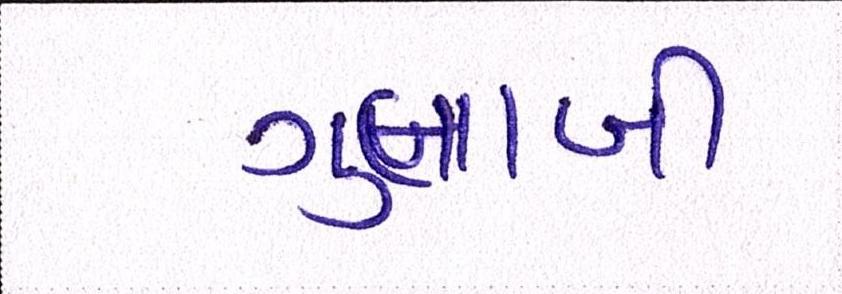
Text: ગુલાબી